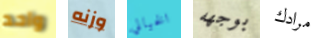
واحد وزنه الخيالي بوجهه مرادك